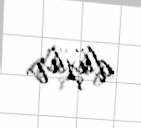
düşür.